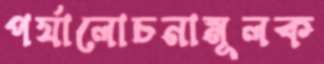
পর্যালোচনামূলক